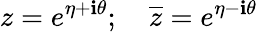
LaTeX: z=e^{\eta+\mathbf{i}\theta};\quad\overline{{{{z}}}}=e^{\eta-\mathbf{i}\theta}